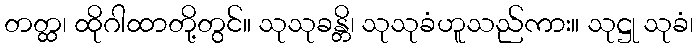
တတ္ထ၊ ထိုဂါထာတို့တွင်။ သုသုခန္တိ၊ သုသုခံဟူသည်ကား။ သုဋ္ဌု သုခံ၊